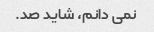
نمی دانم، شاید صد.